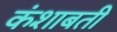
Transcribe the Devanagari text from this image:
कंशाबती